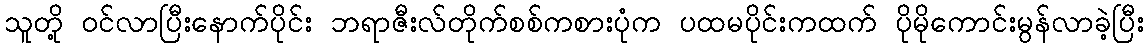
သူတို့ ဝင်လာပြီးနောက်ပိုင်း ဘရာဇီးလ်တိုက်စစ်ကစားပုံက ပထမပိုင်းကထက် ပိုမိုကောင်းမွန်လာခဲ့ပြီး